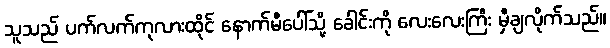
သူသည် ပက်လက်ကုလားထိုင် နောက်မီပေါ်သို့ ခေါင်းကို လေးလေးကြီး မှီချလိုက်သည်။